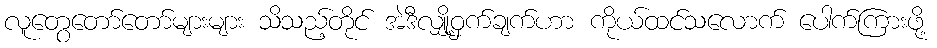
လူတွေတော်တော်များများ သိသည့်တိုင် အဲဒီလျှို့ဝှက်ချက်ဟာ ကိုယ်ထင်သလောက် ပေါက်ကြားဖို့